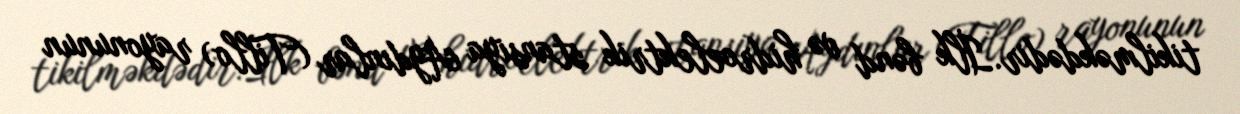
tikilməkdədir.İlk bənd və hidroelektrik stansiya Aydınlar (Tillo) rayonunun